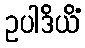
ဥပါဒိယိံ